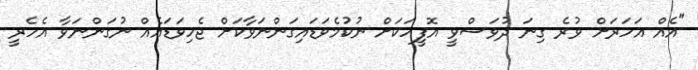
"އެއް އަހަރަށް ވުރެ ގިނަ ދުވަސްވީ އޮފީހަކަށް ނުކުމެވަޑައިގަންނަވާކަށް ޖެހިވަޑައެއް ނުގަންނަވާ އެހެރީ